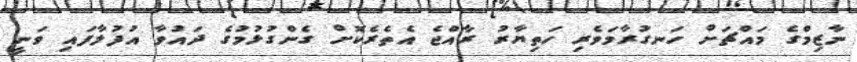
ނާޒިމްގެ މައްޗަށް ހަނގުރާމަވެރި ހަތިޔާރު ރާއްޖެ އެތެރެކޮށް ގެންގުޅުމުގެ ދައުވާ އުފުލާފައި ވަނީ